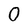
Character: 0